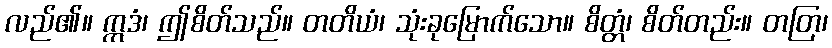
လည်၏။ ဣဒံ၊ ဤစိတ်သည်။ တတိယံ၊ သုံးခုမြောက်သော။ စိတ္တံ၊ စိတ်တည်း။ တတြ၊